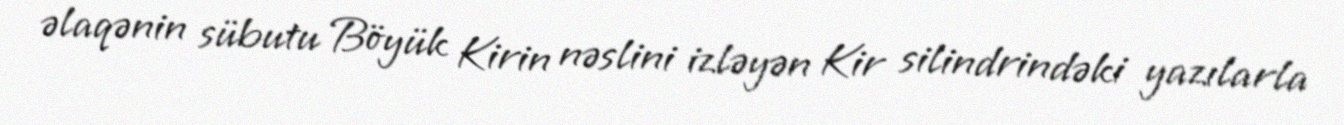
əlaqənin sübutu Böyük Kirin nəslini izləyən Kir silindrindəki yazılarla